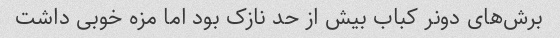
برش‌های دونر کباب بیش از حد نازک بود اما مزه خوبی داشت